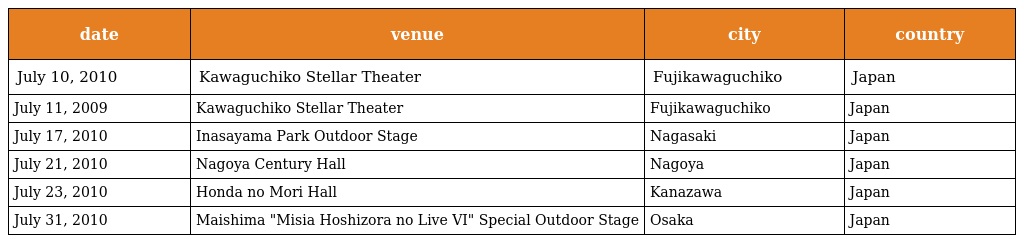
| date | venue | city | country |
 | --- | --- | --- | --- |
 | July 10, 2010 | Kawaguchiko Stellar Theater | Fujikawaguchiko | Japan |
 | July 11, 2009 | Kawaguchiko Stellar Theater | Fujikawaguchiko | Japan |
 | July 17, 2010 | Inasayama Park Outdoor Stage | Nagasaki | Japan |
 | July 21, 2010 | Nagoya Century Hall | Nagoya | Japan |
 | July 23, 2010 | Honda no Mori Hall | Kanazawa | Japan |
 | July 31, 2010 | Maishima "Misia Hoshizora no Live VI" Special Outdoor Stage | Osaka | Japan |